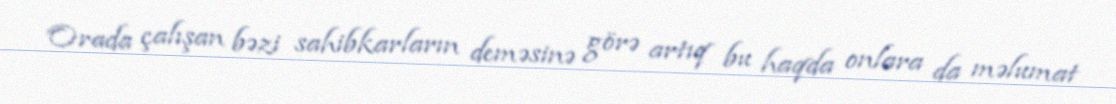
Orada çalışan bəzi sahibkarların deməsinə görə artıq bu haqda onlara da məlumat